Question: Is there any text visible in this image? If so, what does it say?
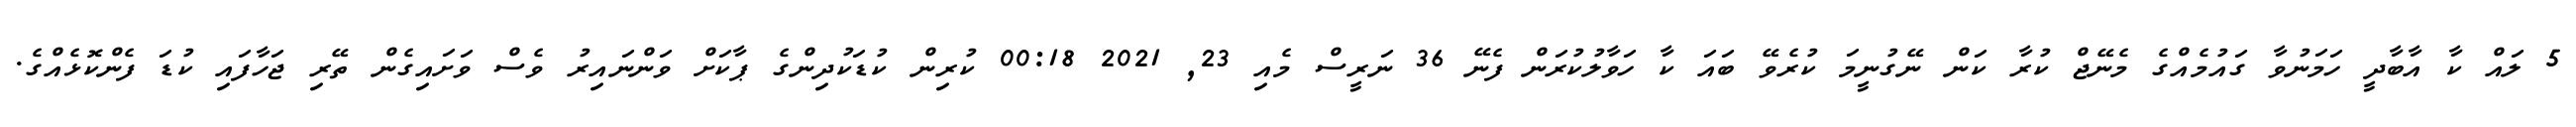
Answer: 5 ލައް ކާ އާބާދީ ހަމަނުވާ ގައުމެއްގެ މެނޭޖް ކުރާ ކަން ނޭގުނީމަ ކުރެވޭ ބައަ ކާ ހަވާލުކުރަން ފެނޭ 36 ނަރީސް މެއި 23, 2021 00:18 ކުރިން ކުޑަކުދިންގެ ޕާކަށް ވަންނައިރު ވެސް ވަށައިގެން ތޭރި ޖަހާފައި ކުޑަ ފެންކޮޅެއްގެ.